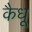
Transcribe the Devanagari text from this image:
कैधू